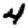
Digit: 4